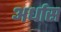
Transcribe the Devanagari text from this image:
अर्धास